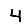
Digit: 4